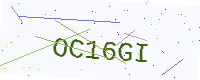
Text: OC16GI